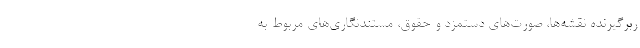
ربرگیرنده نقشه‌ها، صورت‌های دستمزد و حقوق، مستندنگاری‌های مربوط به